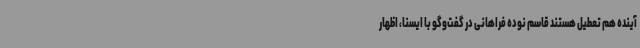
آینده هم تعطیل هستند قاسم نوده فراهانی در گفت‌وگو با ایسنا، اظهار